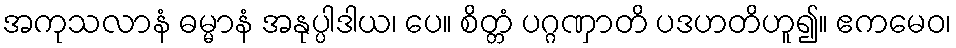
အကုသလာနံ ဓမ္မာနံ အနုပ္ပါဒါယ၊ ပေ။ စိတ္တံ ပဂ္ဂဏှာတိ ပဒဟတိဟူ၍။ ဧကမေဝ၊